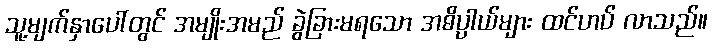
သူ့မျက်နှာပေါ်တွင် အမျိုးအမည် ခွဲခြားမရသော အဓိပ္ပာယ်များ ထင်ဟပ် လာသည်။